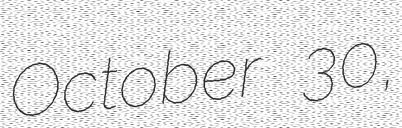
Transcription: October 30,